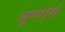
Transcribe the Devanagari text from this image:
जूस्पोर्स